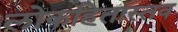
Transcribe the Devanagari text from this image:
लोकहितास्तव